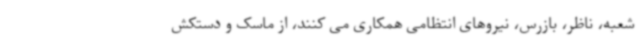
شعبه، ناظر، بازرس، نیروهای انتظامی همکاری می کنند، از ماسک و دستکش